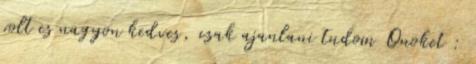
volt es nagyon kedves, csak ajanlani tudom Onoket :